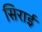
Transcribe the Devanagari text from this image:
सिराई